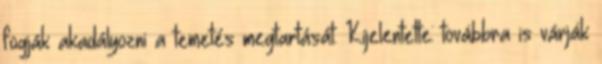
fogják akadályozni a temetés megtartását. Kijelentette: továbbra is várják